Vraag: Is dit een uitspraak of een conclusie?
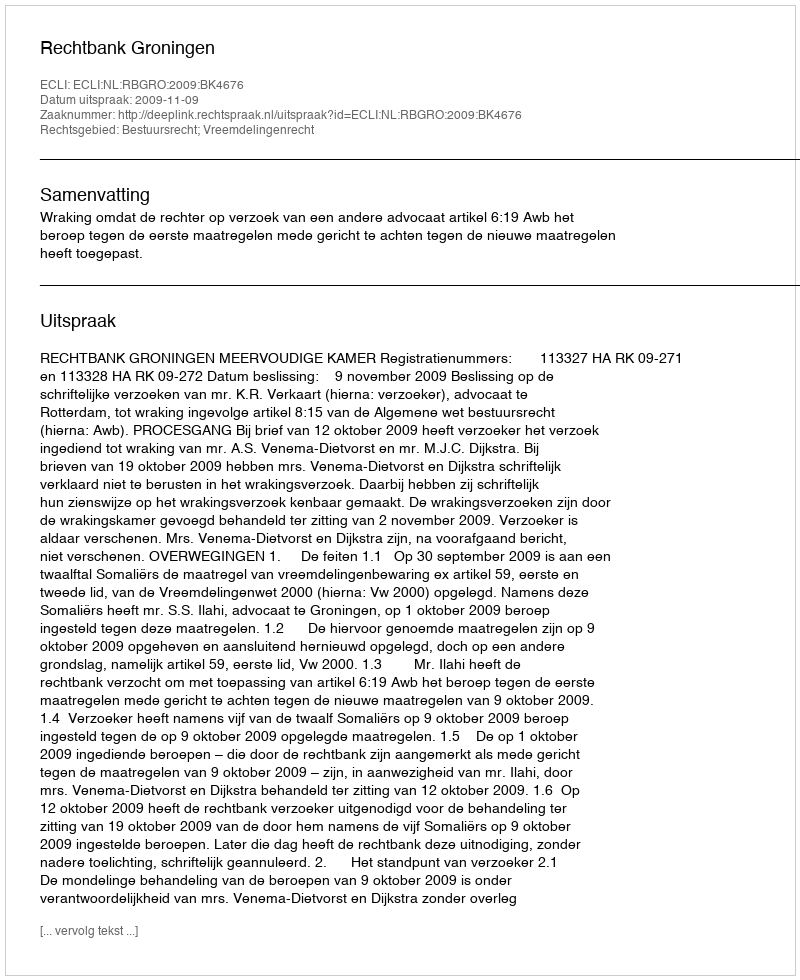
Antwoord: Uitspraak